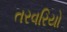
તરવરિયો